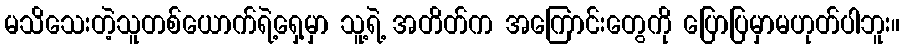
မသိသေးတဲ့သူတစ်ယောက်ရဲ့ရှေ့မှာ သူ့ရဲ့ အတိတ်က အကြောင်းတွေကို ပြောပြမှာမဟုတ်ပါဘူး။